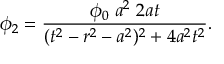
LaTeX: \phi _ { 2 } = { \frac { \phi _ { 0 } \; a ^ { 2 } \; 2 a t } { ( t ^ { 2 } - r ^ { 2 } - a ^ { 2 } ) ^ { 2 } + 4 a ^ { 2 } t ^ { 2 } } } .